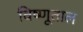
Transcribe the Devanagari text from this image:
विष्णूताल